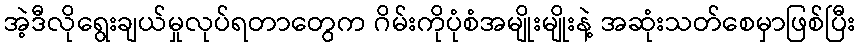
အဲ့ဒီလိုရွေးချယ်မှုလုပ်ရတာတွေက ဂိမ်းကိုပုံစံအမျိုးမျိုးနဲ့ အဆုံးသတ်စေမှာဖြစ်ပြီး